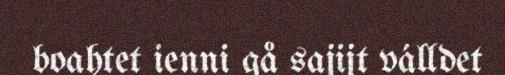
boahtet ienni gå sajijt válldet